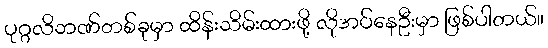
ပုဂ္ဂလိဘဏ်တစ်ခုမှာ ထိန်းသိမ်းထားဖို့ လိုအပ်နေဦးမှာ ဖြစ်ပါတယ်။